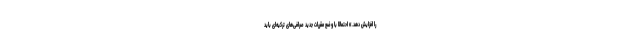
را افزایش دهد.» احتمالاً با وضع مقررات جدید صرافی‌های ترکیه‌ای باید